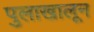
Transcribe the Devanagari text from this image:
पुलाखालून